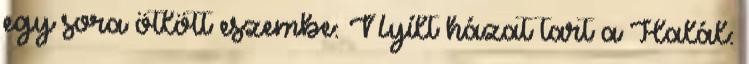
egy sora ötlött eszembe: Nyílt házat tart a Halál: